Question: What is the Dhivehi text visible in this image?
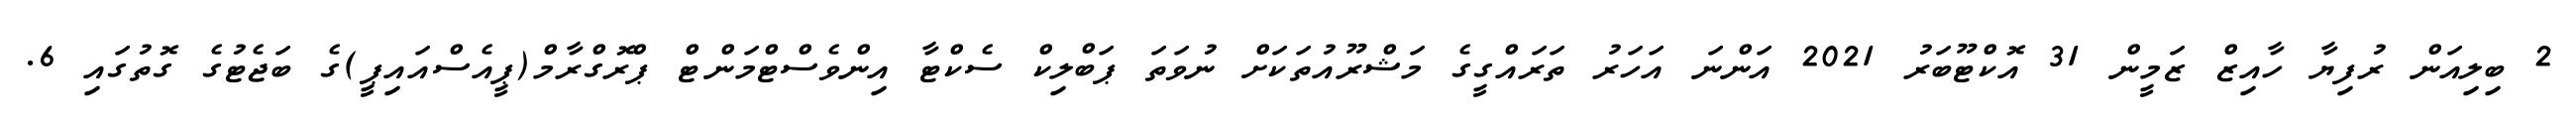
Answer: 2 ބިލިއަން ރުފިޔާ ހާއިޒް ޒަމީން 31 އޮކްޓޫބަރު 2021 އަންނަ އަހަރު ތަރައްގީގެ މަޝްރޫއުތަކަށް ނުވަތަ ޕަބްލިކް ސެކްޓާ އިންވެސްޓްމަންޓް ޕްރޮގްރާމް(ޕީއެސްއައިޕީ)ގެ ބަޖެޓުގެ ގޮތުގައި 6.